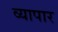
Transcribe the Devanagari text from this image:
व्यापार